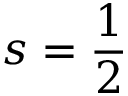
s = { \frac { 1 } { 2 } }